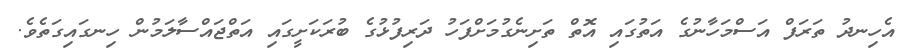
އެހިނދު ތަރަފް އަސްމަހާނުގެ އަތުގައި އޮތް ތަށިނެގުމަށްފަހު ދަރިފުޅުގެ ބުރަކަށީގައި އަތްޖައްސާލަމުން ހިނގައިގަތެވެ.